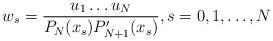
LaTeX: \begin{align*} w_s = \dfrac{u_1 \dots u_N}{P_N(x_s)P'_{N+1}(x_s)}, s=0,1,\dots,N \end{align*}